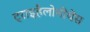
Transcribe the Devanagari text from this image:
ट्राइहैलोमीथेंस